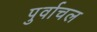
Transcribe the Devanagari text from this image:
पुर्वाचल